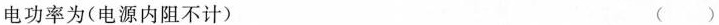
电功率为(电源内阻不计) （）